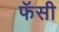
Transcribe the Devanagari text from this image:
फॅसी